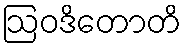
ဩဝဒိတောတိ